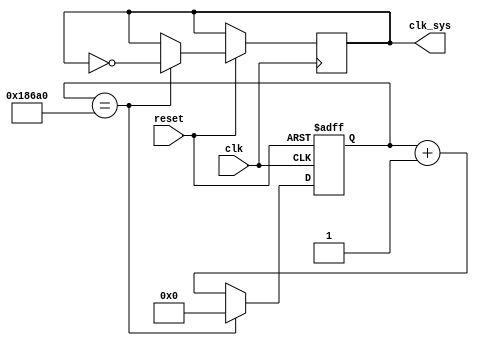
`timescale 1ns / 1ps
//////////////////////////////////////////////////////////////////////////////////
// Company: 
// Engineer: 
// 
// Design Name: 
// Module Name: clock_div
// Project Name: 
// Target Devices: 
// Tool Versions: 
// Description: 
// 
// Dependencies: 
// 
// Revision:
// Revision 0.01 - File Created
// Additional Comments:
// 
//////////////////////////////////////////////////////////////////////////////////


module clock_div(
    input clk,
    input reset, 
    output reg clk_sys
    );
    parameter limit = 100000; 
    integer counter;
    always @(posedge clk or negedge reset) //
        if(!reset)
            counter <= 32'b0;
        else
            begin
                counter <= counter + 1'b1;
                if(counter == limit)
                    begin
                        counter <= 32'b0;
                        clk_sys <= ~clk_sys;
                    end
            end
endmodule